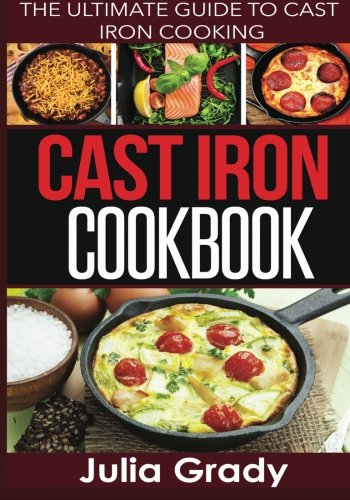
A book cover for Cast Iron Cookbook: The Ultimate Guide to Cast Iron Cooking; Julia Grady; Cookbooks, Food & Wine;